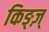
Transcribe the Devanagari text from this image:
किङ्ज़्